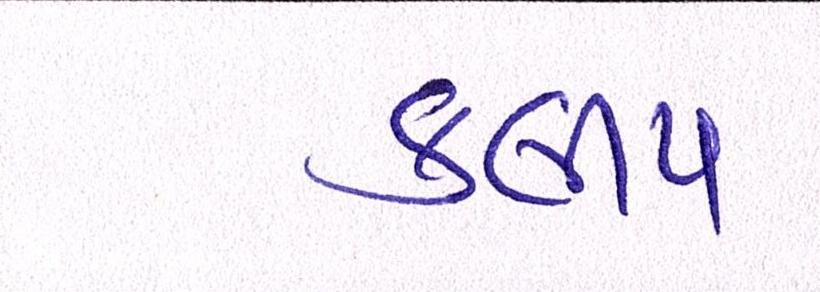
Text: કલીપ